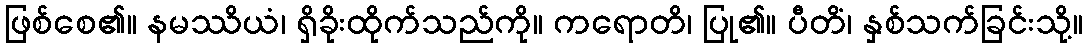
ဖြစ်စေ၏။ နမဿိယံ၊ ရှိခိုးထိုက်သည်ကို။ ကရောတိ၊ ပြု၏။ ပီတိံ၊ နှစ်သက်ခြင်းသို့။